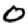
Digit: 0